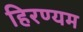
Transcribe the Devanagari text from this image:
हिरण्यम